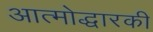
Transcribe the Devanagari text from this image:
आत्मोद्धारकी